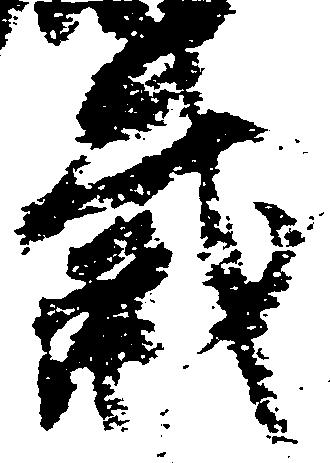
裁